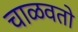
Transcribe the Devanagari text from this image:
चाळवतो